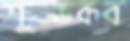
শুভকর